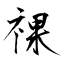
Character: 祼